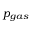
p _ { g a s }